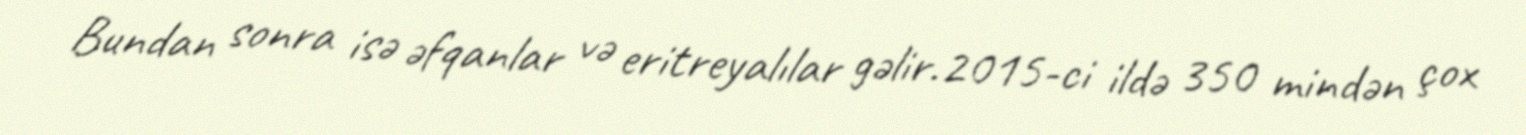
Bundan sonra isə əfqanlar və eritreyalılar gəlir.2015-ci ildə 350 mindən çox